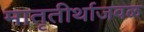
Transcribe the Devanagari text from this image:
मातृतीर्थाजवळ